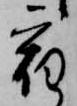
宿